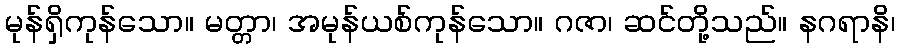
မုန်ရှိကုန်သော။ မတ္တာ၊ အမုန်ယစ်ကုန်သော။ ဂဇာ၊ ဆင်တို့သည်။ နဂရာနိ၊